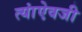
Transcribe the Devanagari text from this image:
त्यांऐवजी